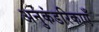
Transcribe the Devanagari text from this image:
अनुकंडरिकाएँ